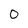
Character: 0